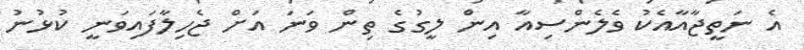
އެ ނަތީޖާއާއެކު ވެލެންސިއާ އިން ލީގުގެ ތިން ވަނަ އަށް ޖެހިލާފައިވަނީ ކުޅުނު